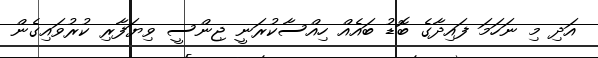
އަދި މި ނަހަމަ ފައިދާގެ ބޮޑު ބައެއް ހިއްސާކުރަނީ ޖިންސީ ވިޔަފާރި ކުރުވައިގެން